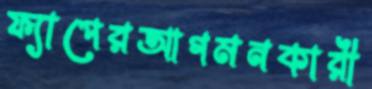
ফ্যাপেরআগমনকারী